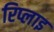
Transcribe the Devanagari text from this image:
रिप्लाइ